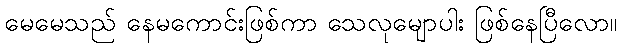
မေမေသည် နေမကောင်းဖြစ်ကာ သေလုမျောပါး ဖြစ်နေပြီလော။